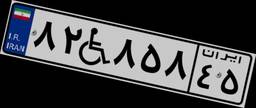
۸۲W۸۵۸۴۵